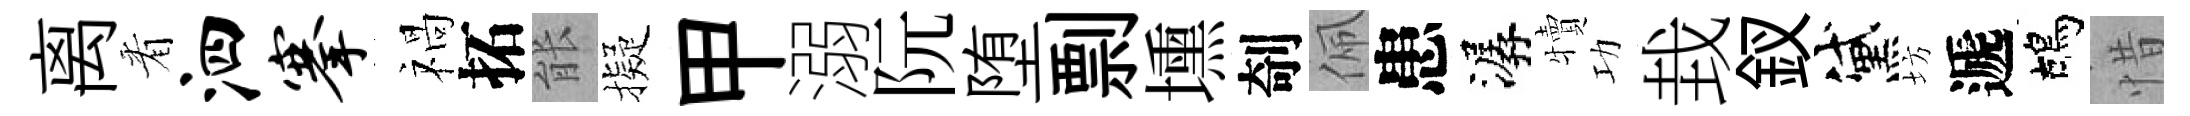
离㸔泗搴禍拓䏻擬甲溺阮堕剽壎剞佩患潺犢功㘽釵黛坊遞鴣惜